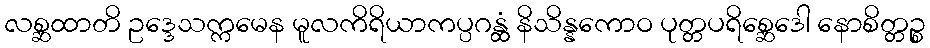
လစ္ဆထာတိ ဥဒ္ဒေသက္ကမေန မူလကိရိယာကပ္ပဂန္ထံ နိသိန္နကောဝ ပုတ္တပရိစ္ဆေဒေါ နောစိတ္တဉ္စ